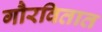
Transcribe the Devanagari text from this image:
गौरवितात